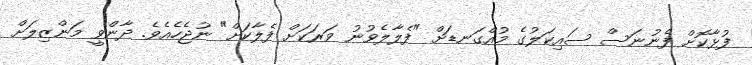
ފުޅާކޮށް ފެނުނަސް ސައިކަލުގެ މުއްގަނޑަށް "ފެލާލެވުނު ވަރަކަށް ފެލާކަށް" ނުޖެހެއެވެ. ދާންވީ މަންޒިލަށް